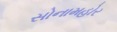
સોનામહોર